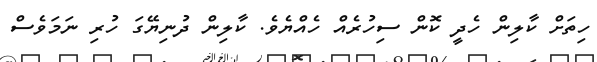
ހިތަށް ކާލިން ހެދީ ކޮން ސިހުރެއް ހެއްޔެވެ. ކާލިން ދުނިޔޭގަ ހުރި ނަމަވެސް